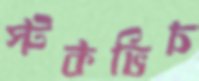
স্টকভিচ